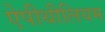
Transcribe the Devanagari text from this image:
ऐपीथीलियम